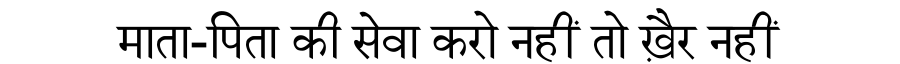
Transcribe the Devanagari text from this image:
माता-पिता की सेवा करो नहीं तो ख़ैर नहीं